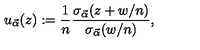
u _ { \vec { \alpha } } ( z ) : = \frac { 1 } { n } \frac { \sigma _ { \vec { \alpha } } ( z + w / n ) } { \sigma _ { \vec { \alpha } } ( w / n ) } ,